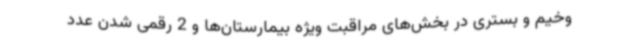
وخیم و بستری در بخش‌های مراقبت ویژه بیمارستان‌ها و 2 رقمی شدن عدد